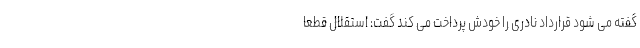
گفته می شود قرارداد نادری را خودش پرداخت می کند گفت: استقلال قطعا